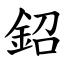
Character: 鉊